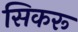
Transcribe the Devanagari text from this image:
सिकरू